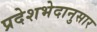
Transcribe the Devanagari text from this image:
प्रदेशभेदानुसार